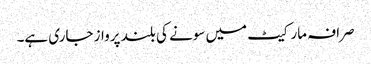
صرافہ مارکیٹ میں سونے کی بلند پرواز جاری ہے۔